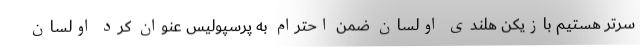
سرتر هستیم بازیکن هلندی اولسان ضمن احترام به پرسپولیس عنوان کرد اولسان